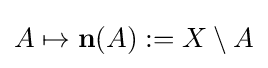
A\mapsto \mathbf {n} (A):=X\setminus A